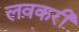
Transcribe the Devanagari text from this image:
लवकरी